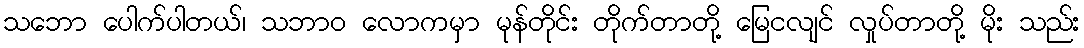
သဘော ပေါက်ပါတယ်၊ သဘာဝ လောကမှာ မုန်တိုင်း တိုက်တာတို့ မြေငလျင် လှုပ်တာတို့ မိုး သည်း